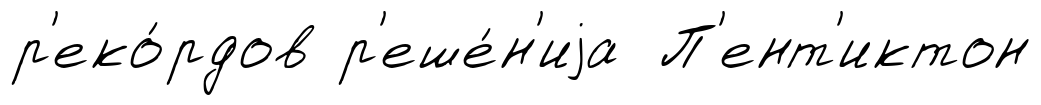
р'еко́рдов р'еше́н'иjа П'ент'иктон